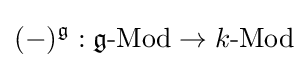
(-)^{\mathfrak {g}}:{\mathfrak {g}}{\text{-Mod}}\to k{\text{-Mod}}